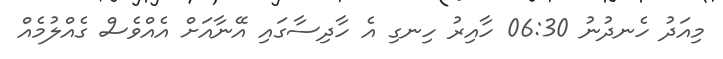
މިއަދު ހެނދުނު 06:30 ހާއިރު ހިނގި އެ ހާދިސާގައި އޭނާއަށް އެއްވެސް ގެއްލުމެއް